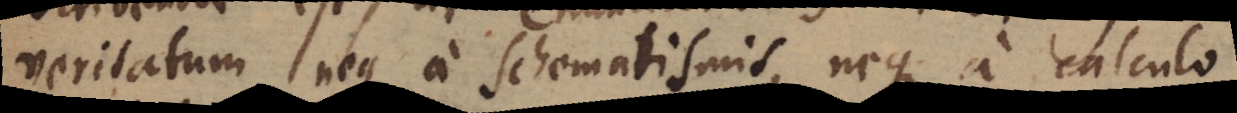
veritatum neque a Schematismis, neque a calculo